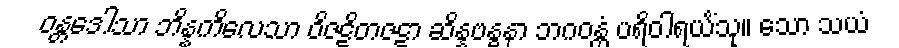
ဝန္တဒေါသာ ဘိန္နကိလေသာ ဝိဇဋိတဇဋာ ဆိန္နဗန္ဓနာ ဘဂဝန္တံ ပရိဝါရယိံသု။ သော သယံ